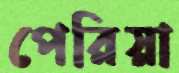
পেরিয়া